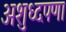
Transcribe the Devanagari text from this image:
अशुध्दपणा